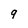
Character: 9